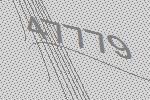
47779